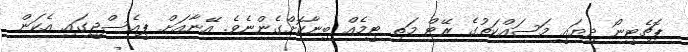
ޕޮޗެޓީނޯ ދިޔައީ މަސައްކަތުގެ ރޭޓް މަތި ޓީމެއް ބިނާކޮށްގެންނެވެ. އޭނާއަށް ޕީއެސްޖީގައި އެކަން